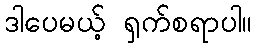
ဒါပေမယ့် ရှက်စရာပါ။